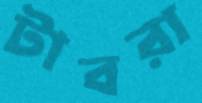
টাবরা